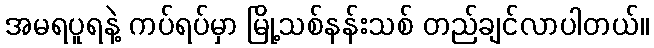
အမရပူရနဲ့ ကပ်ရပ်မှာ မြို့သစ်နန်းသစ် တည်ချင်လာပါတယ်။